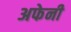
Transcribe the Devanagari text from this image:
अफेनी